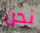
نحن